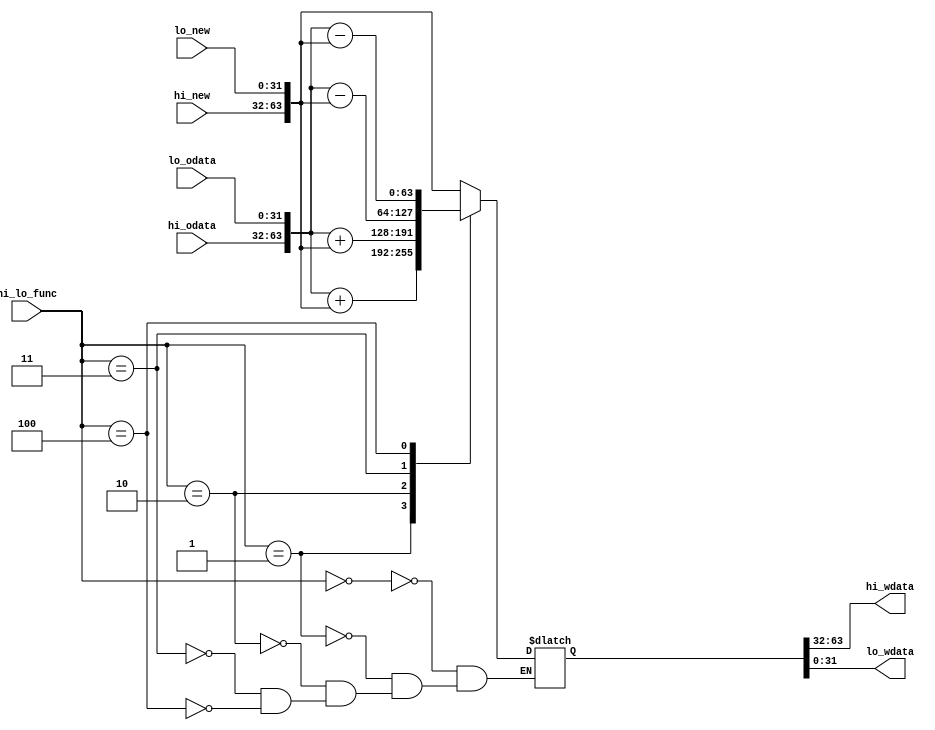
`timescale 1ns/1ps
module hi_lo_function(
    input [31:0] hi_odata,
    input [31:0] lo_odata,
    input [31:0] hi_new,
    input [31:0] lo_new,
    input [3:0] hi_lo_func,
    output [31:0] hi_wdata,
    output [31:0] lo_wdata
);
    parameter hi_lo_func_NONE=4'd0,hi_lo_func_MADD=4'd1,hi_lo_func_MADDU=4'd2,hi_lo_func_MSUB=4'd3,hi_lo_func_MSUBU=4'd4;
    wire [63:0] u_data1;
    wire [63:0] u_data2;
    wire signed [63:0] s_data1;
    wire signed [63:0] s_data2;
    reg signed [63:0] data_result;
    assign u_data1={hi_odata,lo_odata};
    assign u_data2={hi_new,lo_new};
    assign s_data1={hi_odata,lo_odata};
    assign s_data2={hi_new,lo_new};
    assign hi_wdata=data_result[63:32];
    assign lo_wdata=data_result[31:0];
    always@(*)
    begin
        case(hi_lo_func)
            hi_lo_func_NONE:data_result<=u_data2;
            hi_lo_func_MADD:data_result<=s_data1+s_data2;
            hi_lo_func_MADDU:data_result<=u_data1+u_data2;
            hi_lo_func_MSUB:data_result<=s_data1-s_data2;
            hi_lo_func_MSUBU:data_result<=u_data1-u_data2;
        endcase
    end
endmodule